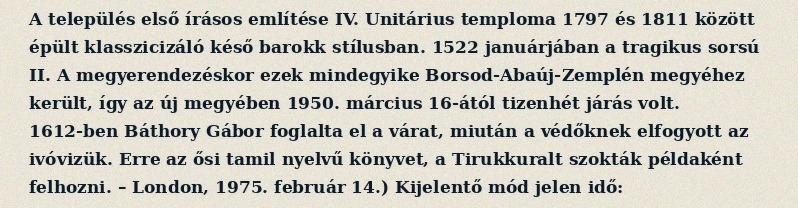
A település első írásos említése IV. Unitárius temploma 1797 és 1811 között épült klasszicizáló késő barokk stílusban. 1522 januárjában a tragikus sorsú II. A megyerendezéskor ezek mindegyike Borsod-Abaúj-Zemplén megyéhez került, így az új megyében 1950. március 16-ától tizenhét járás volt. 1612-ben Báthory Gábor foglalta el a várat, miután a védőknek elfogyott az ivóvizük. Erre az ősi tamil nyelvű könyvet, a Tirukkuralt szokták példaként felhozni. – London, 1975. február 14.) Kijelentő mód jelen idő: